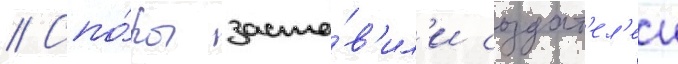
// Спо́ры заста́в'ил'и создат'ел'еи